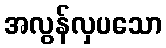
အလွန်လှပသော